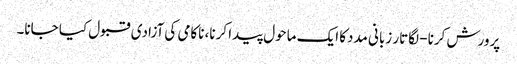
پرورش کرنا- لگاتار زبانی مددکا ایک ماحول پیدا کرنا، ناکامی کی آزادی قبول کیا جانا۔